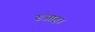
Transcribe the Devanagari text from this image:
रुआहा